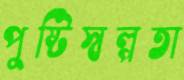
পুষ্টিস্বল্পতা